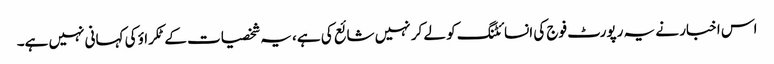
اس اخبار نے یہ رپورٹ فوج کی انسائٹنگ کو لے کر نہیں شائع کی ہے، یہ شخصیات کے ٹکراؤ کی کہانی نہیں ہے۔